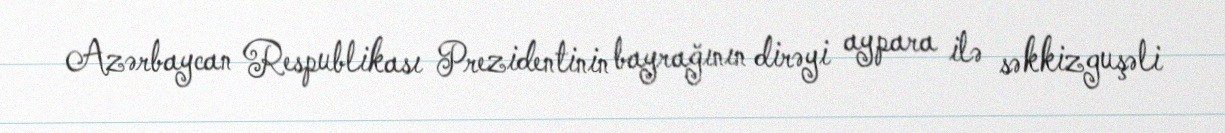
Azərbaycan Respublikası Prezidentinin bayrağının dirəyi aypara ilə səkkizguşəli